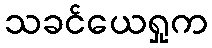
သခင်ယေရှုက